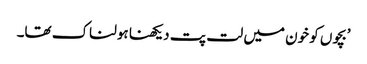
’بچوں کو خون میں لت پت دیکھنا ہولناک تھا۔